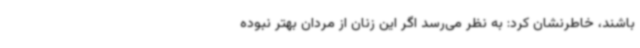
باشند، خاطرنشان کرد: به نظر می‌رسد اگر این زنان از مردان بهتر نبوده